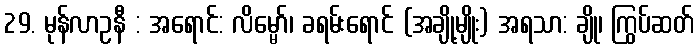
29. မုန်လာဥနီ : အရောင်: လိမ္မော်၊ ခရမ်းရောင် (အချို့မျိုး) အရသာ: ချို၊ ကြွပ်ဆတ်